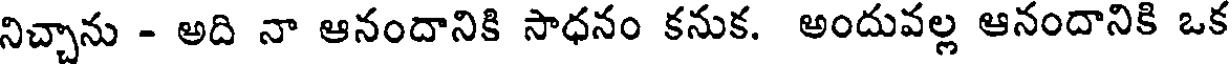
నిచ్చాను - అది నా ఆనందానికి సాధనం కనుక. అందువల్ల ఆనందానికి ఒక